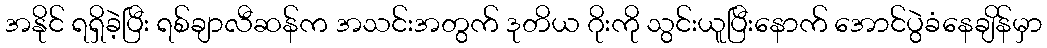
အနိုင် ရရှိခဲ့ပြီး ရစ်ချာလီဆန်က အသင်းအတွက် ဒုတိယ ဂိုးကို သွင်းယူပြီးနောက် အောင်ပွဲခံနေချိန်မှာ